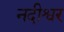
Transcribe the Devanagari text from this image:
नदीश्वर